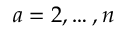
a = 2 , \ldots , n